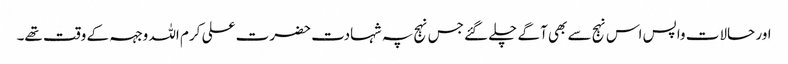
اور حالات واپس اس نہج سے بھی آگے چلے گئے جس نہج پہ شہادت حضرت علی کرم اللہ وجہہ کے وقت تھے۔